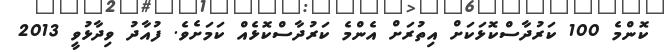
ކޮންމެ 100 ކަރުދާސްކޮޅަކަށް އިތުރަށް އެންމެ ކަރުދާސްކޮޅެއް ކަމަށެވެ. ފުއާދު ވިދާޅުވީ 2013